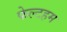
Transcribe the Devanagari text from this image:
फेल्टहम